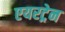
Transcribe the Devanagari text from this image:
एयरट्रेन